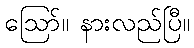
ဪ။ နားလည်ပြီ။